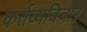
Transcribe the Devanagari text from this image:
कर्तव्यविचार